Vaccination in Burma 1912-1922 - 1912-1922
Year: 1912
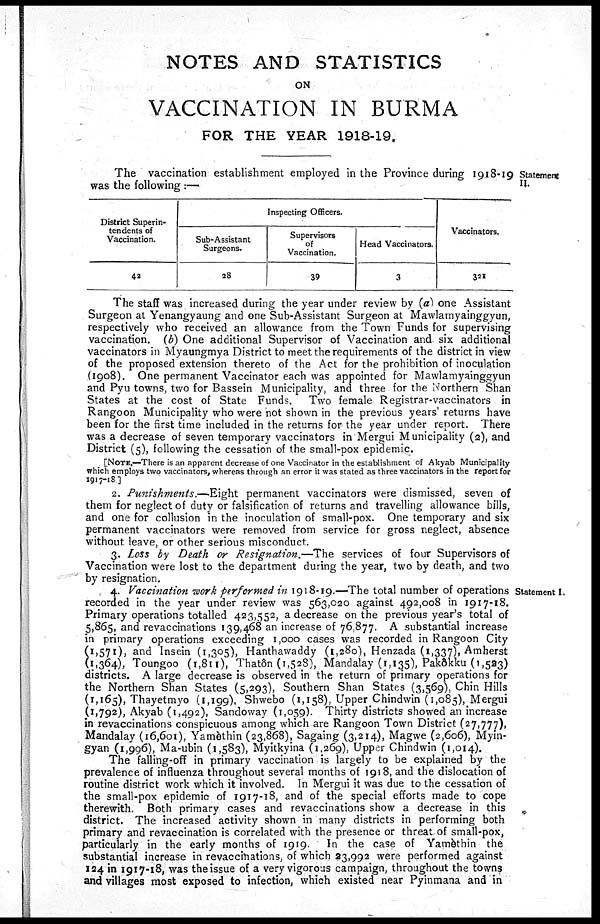
NOTES AND STATISTICS
ON
VACCINATION IN BURMA
FOR THE YEAR 1918-19.
Statement
II.
The vaccination establishment employed in the Province during 1918-19
was the following :—
District Superin-
tendents of
Vaccination.
42
Inspecting Officers.
Sub-Assistant
Surgeons.
28
Supervisors
of
Vaccination.
39
Head Vaccinators.
3
Vaccinators,
321
The staff was increased during the year under review by (a) one Assistant
Surgeon at Yenangyaung and one Sub-Assistant Surgeon at Mawlamyainggyun,
respectively who received an allowance from the Town Funds for supervising
vaccination. (b) One additional Supervisor of Vaccination and. six additional
vaccinators in Myaungmya District to meet the requirements of the district in view
of the proposed extension thereto of the Act for the prohibition of inoculation
(1908). One permanent Vaccinator each was appointed for Mawlamyainggyun
and Pyu towns, two for Bassein Municipality, and three for the Northern Shan
States at the cost of State Funds. Two female Registrar-vaccinators in
Rangoon Municipality who were not shown in the previous years' returns have
been for the first time included in the returns for the year under report. There
was a decrease of seven temporary vaccinators in Mergui Municipality (2), and
District (5), following the cessation of the small-pox epidemic.
[NOTE.—There is an apparent decrease of one Vaccinator in the establishment of Akyab Municipality
which employs two vaccinators, whereas through an error it was stated as three vaccinators in the report for
1917-18]
2. Punishments.—Eight permanent vaccinators were dismissed, seven of
them for neglect of duty or falsification of returns and travelling allowance bills,
and one for collusion in the inoculation of small-pox. One temporary and six
permanent vaccinators were removed from service for gross neglect, absence
without leave, or other serious misconduct.
3. Loss by Death or Resignation.—The services of four Supervisors of
Vaccination were lost to the department during the year, two by death, and two
by resignation.
Statement I.
4. Vaccination work performed in 1918-19.—The total number of operations
recorded in the year under review was 563,020 against 492,008 in 1917-18.
Primary operations totalled 423,552, a decrease on the previous year's total of
5,865, and revaccinations 139,468 an increase of 76,877. A substantial increase
in primary operations exceeding 1,000 cases was recorded in Rangoon City
(1,571), and Insein (1,305), Hanthawaddy (1,280), Henzada (1,337), Amherst
(1,364), Toungoo (1,811), Thatôn (1,528), Mandalay (1,135), Pakôkku (1,523)
districts. A large decrease is observed in the return of primary operations for
the Northern Shan States (5,293), Southern Shan States (3,569), Chin Hills
(1,165), Thayetmyo (1,199), Shwebo (1,158), Upper Chindwin (1,085),Mergui
(1,792), Akyab (1,492), Sandoway (1,059). Thirty districts showed an increase
in revaccinations conspicuous among which are Rangoon Town District (27,777),
Mandalay (16,601), Yamèthin (23,868), Sagaing (3,214), Magwe (2,606), Myin-
gyan (1,996), Ma-ubin (1,583), Myitkyina (1,269), Upper Chindwin (1,014).
The falling-off in primary vaccination is largely to be explained by the
prevalence of influenza throughout several months of 1918, and the dislocation of
routine district work which it involved. In Mergui it was due to the cessation of
the small-pox epidemic of 1917-18, and of the special efforts made to cope
therewith. Both primary cases and revaccinations show a decrease in this
district. The increased activity shown in many districts in performing both
primary and revaccination is correlated with the presence or threat of small-pox,
particularly in the early months of 1919. In the case of Yamèthin the
substantial increase in revaccinations, of which 23,992 were performed against
124 in 1917-18, was the issue of a very vigorous campaign, throughout the towns
and villages most exposed to infection, which existed near Pyinmana and in